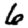
Digit: 6